Medical and sanitary report of the native army of Madras for the year
Year: 1875
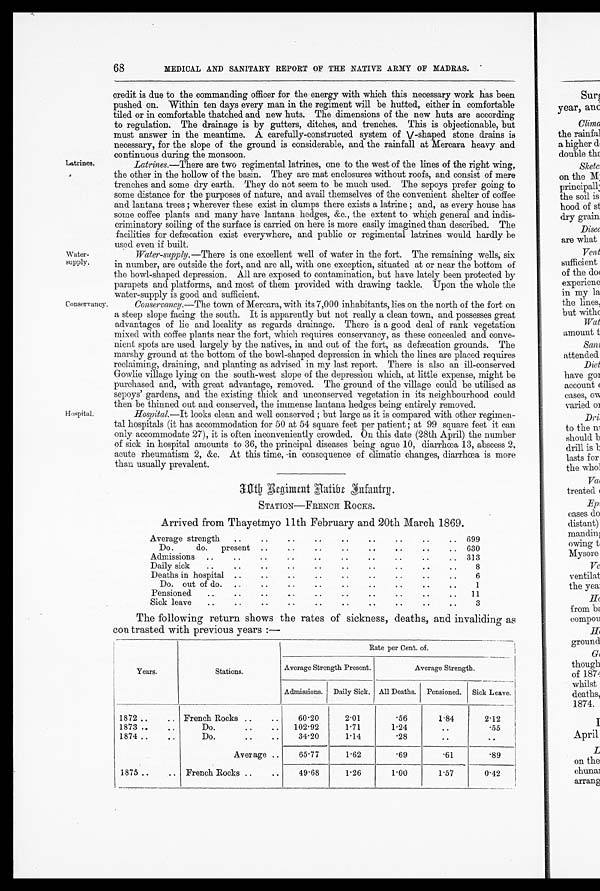
68
MEDICAL AND SANITARY REPORT OF THE NATIVE ARMY OF MADRAS.
Latrines.
Water-supply.
Conservancy.
Hospital.
credit is due to the commanding officer for the energy with which this necessary work has been
pushed on. Within ten days every man in the regiment will be hutted, either in comfortable
tiled or in comfortable thatched and new huts. The dimensions of the new huts are according
to regulation. The drainage is by gutters, ditches, and trenches. This is objectionable, but
must answer in the meantime. A carefully-constructed system of V-shaped stone drains is
necessary, for the slope of the ground is considerable, and the rainfall at Mercara heavy and
continuous during the monsoon.
Latrines. —There are two regimental latrines, one to the west of the lines of the right wing,
the other in the hollow of the basin. They are mat enclosures without roofs, and consist of mere
trenches and some dry earth. They do not seem to be much used. The sepoys prefer going to
some distance for the purposes of nature, and avail themselves of the convenient shelter of coffee
and lantana, trees; wherever these exist in clumps there exists a latrine; and, as every house has
some coffee plants and many have lantana hedges, &c., the extent to which general and indis
-ciminatory soiling of the surface is carried on here is more easily imagined than described. The
facilities for defæcation exist everywhere, and public or regimental latrines would hardly be
used even if built.
Water-supply. —There is one excellent well of water in the fort. The remaining wells, six
in number, are outside the fort, and are all, with one exception, situated at or near the bottom of
the bowl-shaped depression. All are exposed to contamination, but have lately been protected by
parapets and platforms, and most of them provided with drawing tackle. Upon the whole the
water-supply is good and sufficient.
Conservancy. —The town of Mercara, with its 7,000 inhabitants, lies on the north of the fort. on
a steep slope facing the south. It is apparently but not really a clean town, and possesses great
advantages of lie and locality as regards drainage. There is a good deal of rank vegetation
mixed with coffee plants near the fort, which requires conservancy, as these concealed and conve
-nient spots are used largely by the natives, in and out of the fort, as defæcation grounds. The
marshy ground at the bottom of the bowl-shaped depression in which the lines are placed requires
reclaiming, draining, and planting as advised in my last report. There is also an ill-conserved
Gowlie village lying on the south-west slope of the depression which, at little expense, might be
purchased and, with great advantage, removed. The ground of the village could be utilised as
sepoys' gardens, and the existing thick and unconserved vegetation in its neighbourhood could
then be thinned out and conserved, the immense lantana hedges being entirely removed.
Hospital. —It looks clean and well conserved; but large as it is compared with other regimen
-tal hospitals (it has accommodation for 50 at 54 square feet per patient; at 99 square feet it can
only accommodate 27), it is often inconveniently crowded. On this date (28th April) the number
of sick in hospital amounts to 36, the principal diseases being ague 10, diarrhœa 13, abscess 2.
acute rheumatism 2, &c. At this time, in consequence of climatic changes, diarrhœa is more
than usually prevalent.
30th Regiment Native Infantry.
STATION—FRENCH ROCKS.
Arrived from Thayetmyo 11th February and 20th March 1869.
Average strength
..
. .
. .
. .
. .
. .
..
..
. . 699
Do.
do.
present ..
..
..
..
..
. .
..
.. 630
Admissions ..
..
..
. .
..
..
..
..
.. 313
Daily sick
..
..
..
..
..
. .
..
..
. .
..
8
Deaths in hospital ..
. . ..
..
..
..
..
..
..
6
Do. out of do. ..
..
..
..
..
..
..
. . ..
1
Pensioned
..
..
..
..
..
..
..
..
..
..
11
Sick leave
..
..
. .
. . . .
. .
. .
. .
. .
..
3
The following return shows the rates of sickness, deaths, and invaliding as
contrasted with previous years:—
Years.
Stations.
Rate per Cent. of.
Average Strength Present.
Average Strength.
Admissions. Daily Sick. All Deaths. Pensioned. Sick Leave.
1872 ..
.. French Rocks ..
..
60.20
2.01
.56
1.84
2.12
1873 ..
..
Do.
..
..
102.92
1.71
1.24 ..
.55
1874 ..
..
Do.
. .
34.20
1.14
. 2 8
..
..
Average ..
65.77
1.62
. 6 9
.61
.89
1875
. . French Rocks ..
. .
49.68
1.26
1.00
1.57
0.42